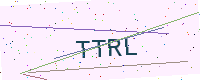
Text: TTRL